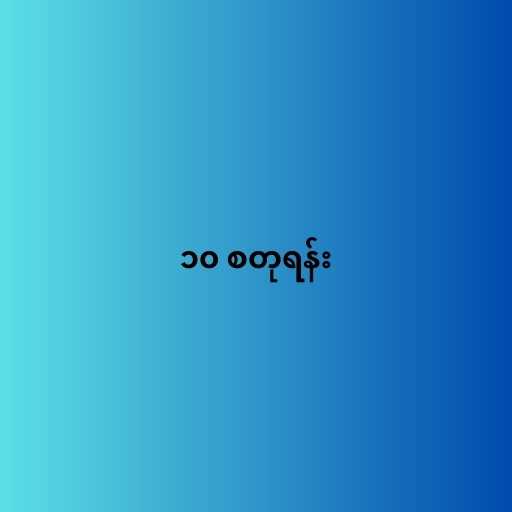
၁၀ စတုရန်း